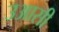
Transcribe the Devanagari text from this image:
उआसी